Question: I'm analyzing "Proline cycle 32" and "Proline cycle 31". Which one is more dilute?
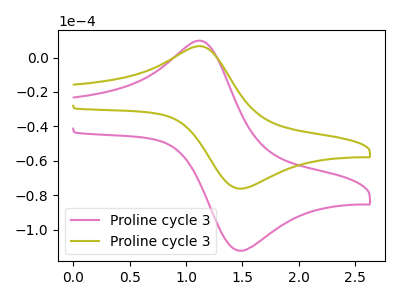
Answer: <think>The pink curve "Proline cycle 31" has an anodic peak at (1.15V, 9.30uA) and a cathodic peak at (1.50V, -112.20uA). The olive curve "Proline cycle 32" has an anodic peak at (1.15V, 6.35uA) and a cathodic peak at (1.50V, -76.15uA).
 All the peaks in "Proline cycle 32" have a peak in "Proline cycle 31" at the same potential. Every peak in "Proline cycle 32" is lower than every peak in "Proline cycle 31".</think>
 <answer>"Proline cycle 32" has less signal than "Proline cycle 31" and so likely has a lower concentration.</answer>
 <eval>less_concentration</eval>